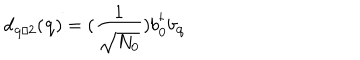
d _ { { \bf { q } } / 2 } ( { \bf { q } } ) = ( \frac { 1 } { \sqrt { N _ { 0 } } } ) b _ { { \bf { 0 } } } ^ { \dagger } b _ { { \bf { q } } }